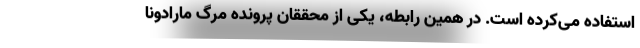
استفاده می‌کرده است. در همین رابطه، یکی از محققان پرونده مرگ مارادونا